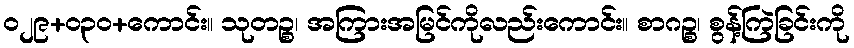
ဝ၂၉+၀၃ဝ+ကောင်း။ သုတဉ္စ၊ အကြားအမြင်ကိုလည်းကောင်း။ စာဂဉ္စ၊ စွန့်ကြဲခြင်းကို